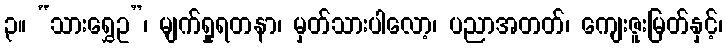
၃။ “သားရွှေဥ”၊ မျက်ရှုရတနာ၊ မှတ်သားပါလော့၊ ပညာအတတ်၊ ကျေးဇူးမြတ်နှင့်၊